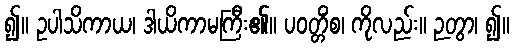
၍။ ဥပါသိကာယ၊ ဒါယိကာမကြီး၏။ ပဝတ္တိံစ၊ ကိုလည်း။ ဉတွာ၊ ၍။